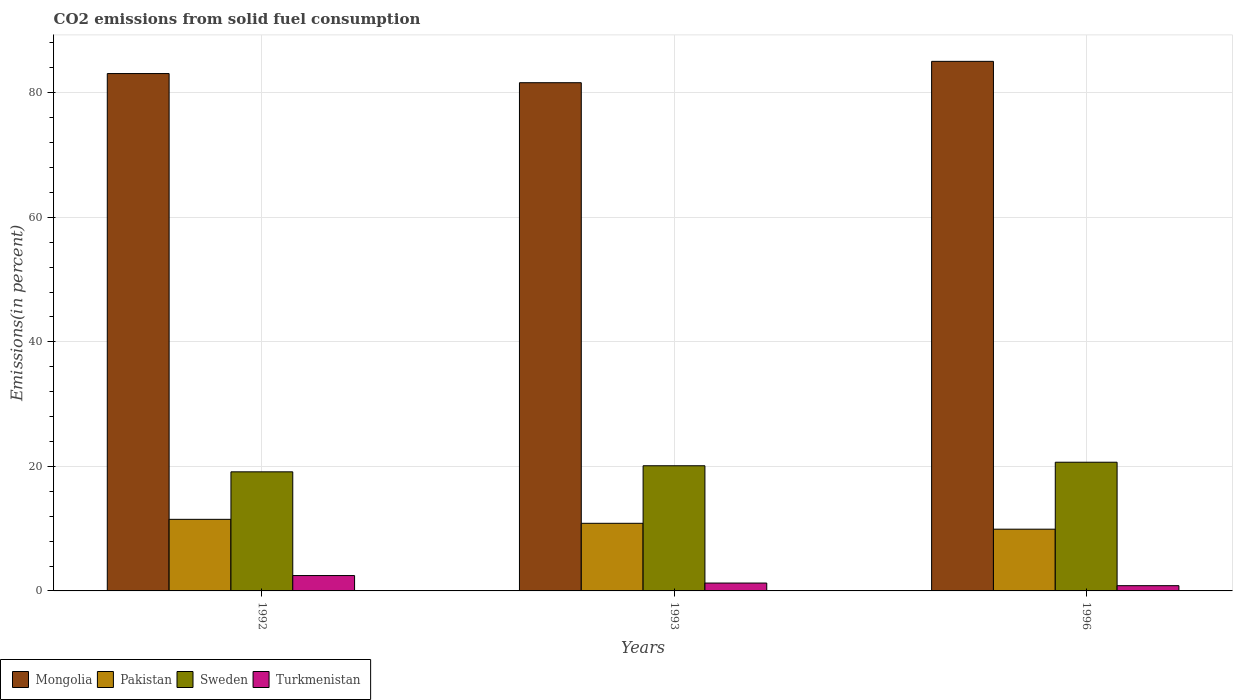
| Years | Mongolia | Pakistan | Sweden | Turkmenistan |
 | --- | --- | --- | --- | --- |
 | 1992 | 83.1 | 11.5 | 19.1 | 2.47 |
 | 1993 | 81.6 | 10.9 | 20.1 | 1.26 |
 | 1996 | 85 | 9.92 | 20.7 | 0.842 |